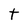
Character: t